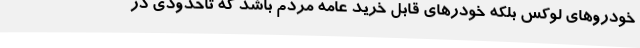
خودروهای لوکس بلکه خودرهای قابل خرید عامه مردم باشد که تاحدودی در